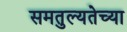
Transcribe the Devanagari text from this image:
समतुल्यतेच्या